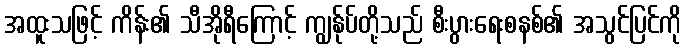
အထူးသဖြင့် ကိန်း၏ သီအိုရီကြောင့် ကျွန်ုပ်တို့သည် စီးပွားရေးစနစ်၏ အသွင်ပြင်ကို